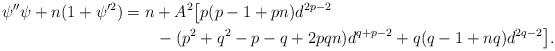
LaTeX: \begin{align*}\psi''\psi+n(1+\psi'^{2})&=n+A^{2}\big[p(p-1+pn)d^{2p-2}\\&\qquad-(p^{2}+q^{2}-p-q+2pqn)d^{q+p-2}+q(q-1+nq)d^{2q-2}\big].\end{align*}